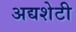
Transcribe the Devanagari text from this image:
अद्यशेटी